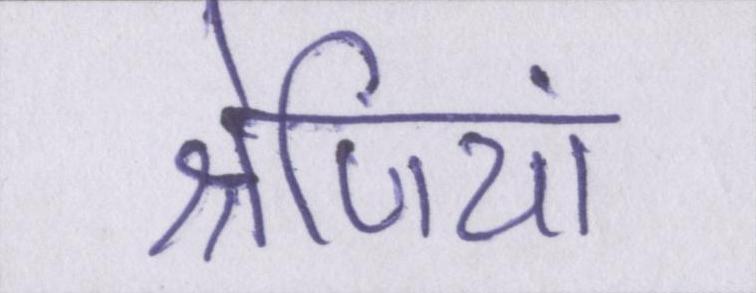
श्रेणियां